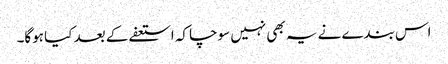
اس بندے نے یہ بھی نہیں سوچا کہ استعفے کے بعد کیا ہوگا۔